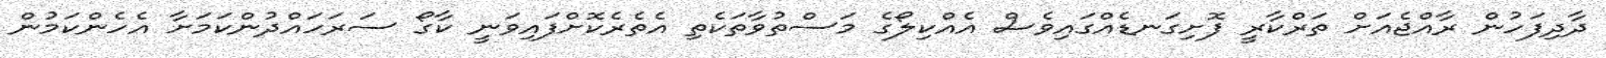
ދާދިފަހުން ރާއްޖެއަށް ތަރްކާރީ ފޮށިގަނޑެއްގައިވެސް އެއްކިލޯގެ މަސްތުވާތަކެތި އެތެރެކޮށްފައިވަނީ ކާގޯ ސަރަހައްދުންކަމަށާ އެހެންކަމުން